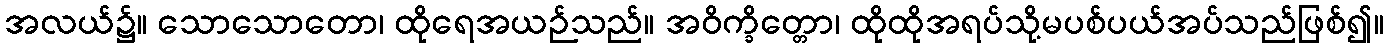
အလယ်၌။ သောသောတော၊ ထိုရေအယဉ်သည်။ အဝိက္ခိတ္တော၊ ထိုထိုအရပ်သို့မပစ်ပယ်အပ်သည်ဖြစ်၍။